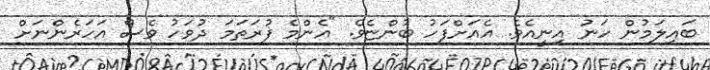
ބައިލަމުން ހަނު އިނީއެވެ. އެއަށްފަހު ބުންޏެވެ. "އެންމެ ފުރަތަމަ ދުވަހު ވެސް އަހަރެންނަށް